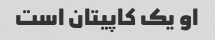
او یک کاپیتان است